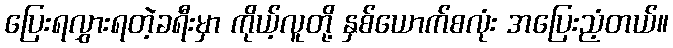
ပြေးရလွှားရတဲ့ခရီးမှာ ကိုယ့်လူတို့ နှစ်ယောက်စလုံး အပြေးညံ့တယ်။